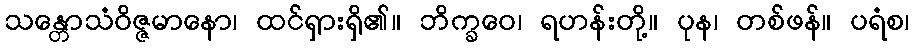
သန္တောသံဝိဇ္ဇမာနော၊ ထင်ရှားရှိ၏။ ဘိက္ခဝေ၊ ရဟန်းတို့။ ပုန၊ တစ်ဖန်။ ပရံစ၊